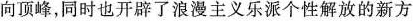
向顶峰，同时也开辟了浪漫主义乐派个性解放的新方